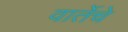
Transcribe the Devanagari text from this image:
वार्तेचे